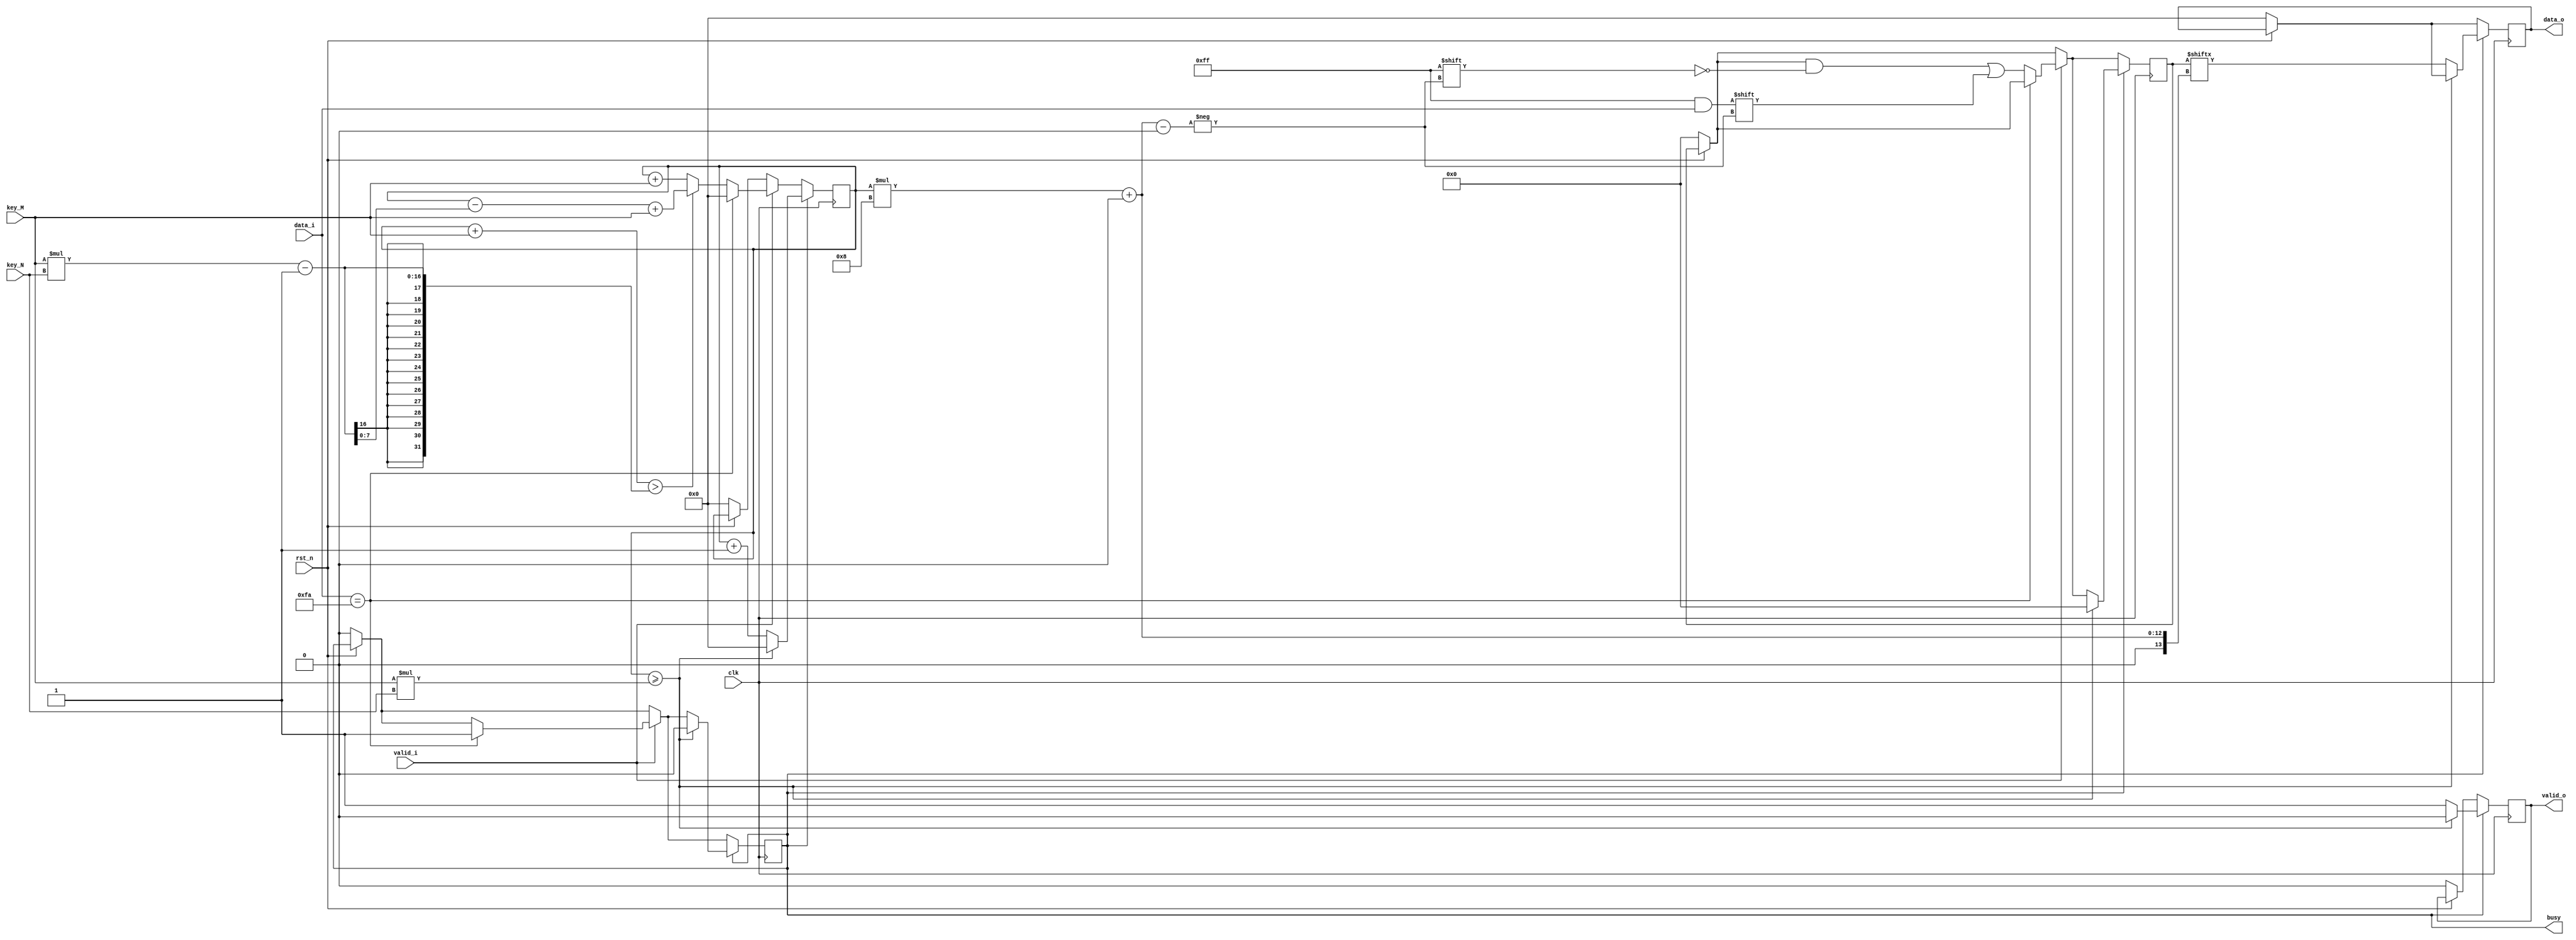
`timescale 1ns / 1ps
//////////////////////////////////////////////////////////////////////////////////
// Company: 
// Engineer: 
// 
// Design Name: 
// Module Name:    scytale_decryption 
// Project Name: 
// Target Devices: 
// Tool versions: 
// Description: 
//
// Dependencies: 
//
// Revision: 
// Revision 0.01 - File Created
// Additional Comments: 
//
//////////////////////////////////////////////////////////////////////////////////
module scytale_decryption#(
			parameter D_WIDTH = 8, 
			parameter KEY_WIDTH = 8, 
			parameter MAX_NOF_CHARS = 50,
			parameter START_DECRYPTION_TOKEN = 8'hFA
		)(
			// Clock and reset interface
			input clk,
			input rst_n,
			
			// Input interface
			input[D_WIDTH - 1:0] data_i,
			input valid_i,
			
			// Decryption Key
			input[KEY_WIDTH - 1 : 0] key_N,
			input[KEY_WIDTH - 1 : 0] key_M,
			
			// Output interface
			output reg[D_WIDTH - 1:0] data_o,
			output reg valid_o,
			
			output reg busy
    );

			reg [D_WIDTH*MAX_NOF_CHARS-1:0] input_tot;
			reg [KEY_WIDTH-1:0] i, counter;
		
always @(posedge clk) begin
			
			if(!rst_n) begin
				data_o <= 0;
				valid_o <= 0;
				busy <= 0;
				i <= 0;
				input_tot <= 0;
			end
			
		
			if(valid_i) begin
				if(data_i == START_DECRYPTION_TOKEN) begin //daca intalnesc FA, nu mai citesc
					i <= 0;
					busy <= 1;	
				end
				else begin
					input_tot[i*8 +: 8] <= data_i;		//citesc datele
					if((i + key_M) > (key_M*key_N-1))	//daca urm element citind pe coloane e in afara matricii
						i <= i-(key_M*key_N-1) + key_M;	//ma duc la elementul de pe coloana urmatoare, linia 0
					else
						i <= i + key_M;		//altfel ma duc la elementul de dedesubt
					
				end
				
			end
			
			if(busy)begin
				if(i >= key_M*key_N) begin 	//am terminat de scris si reinitializez semnalele
					valid_o <= 0;
					busy <= 0;
					i <= 0;
					input_tot <= 0;
				end
				else begin 					//scriu elementele in ordine din matrice (visual vorbind, am datele intr un vector)
					valid_o <= 1;
					data_o <= input_tot[i*8 +: 8];
					i <= i+1;
				end
			end
				
end



endmodule